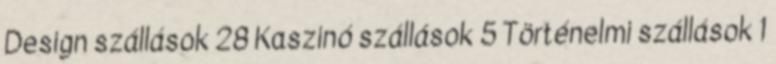
Design szállások 28 Kaszinó szállások 5 Történelmi szállások 1